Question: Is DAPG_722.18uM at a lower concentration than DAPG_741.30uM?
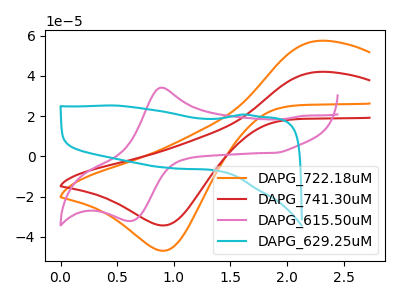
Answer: <think>The orange curve "DAPG_722.18uM" has an anodic peak at (2.30V, 57.50uA) and a cathodic peak at (0.90V, -46.85uA). The red curve "DAPG_741.30uM" has an anodic peak at (2.30V, 42.05uA) and a cathodic peak at (0.90V, -34.25uA). The pink curve "DAPG_615.50uM" has an anodic peak at (0.90V, 34.20uA) and a cathodic peak at (0.65V, -32.05uA). The cyan curve "DAPG_629.25uM" has no peaks.
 All the peaks in "DAPG_741.30uM" have a peak in "DAPG_722.18uM" at the same potential. Every peak in "DAPG_741.30uM" is lower than every peak in "DAPG_722.18uM".</think>
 <answer>"DAPG_741.30uM" has less signal than "DAPG_722.18uM" and so likely has a lower concentration.</answer>
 <eval>less_concentration</eval>